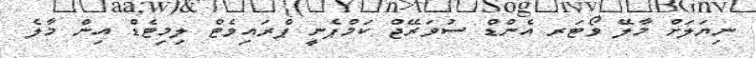
ނިޔަލަށް މާލޭ ވޯޓަރ އެންޑް ސުވަރޭޖް ކަމްޕެނީ ޕްރައިވެޓް ލިމިޓެޑް އިން މާލެ